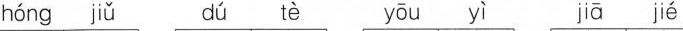
hóng jiǔ dú tè yōu yì jiā jié